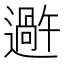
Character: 𬩕